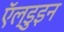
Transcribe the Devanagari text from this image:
ऍल्डुइन